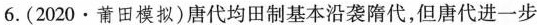
6.(2020·莆田模拟)唐代均田制基本沿袭隋代，但唐代进一步